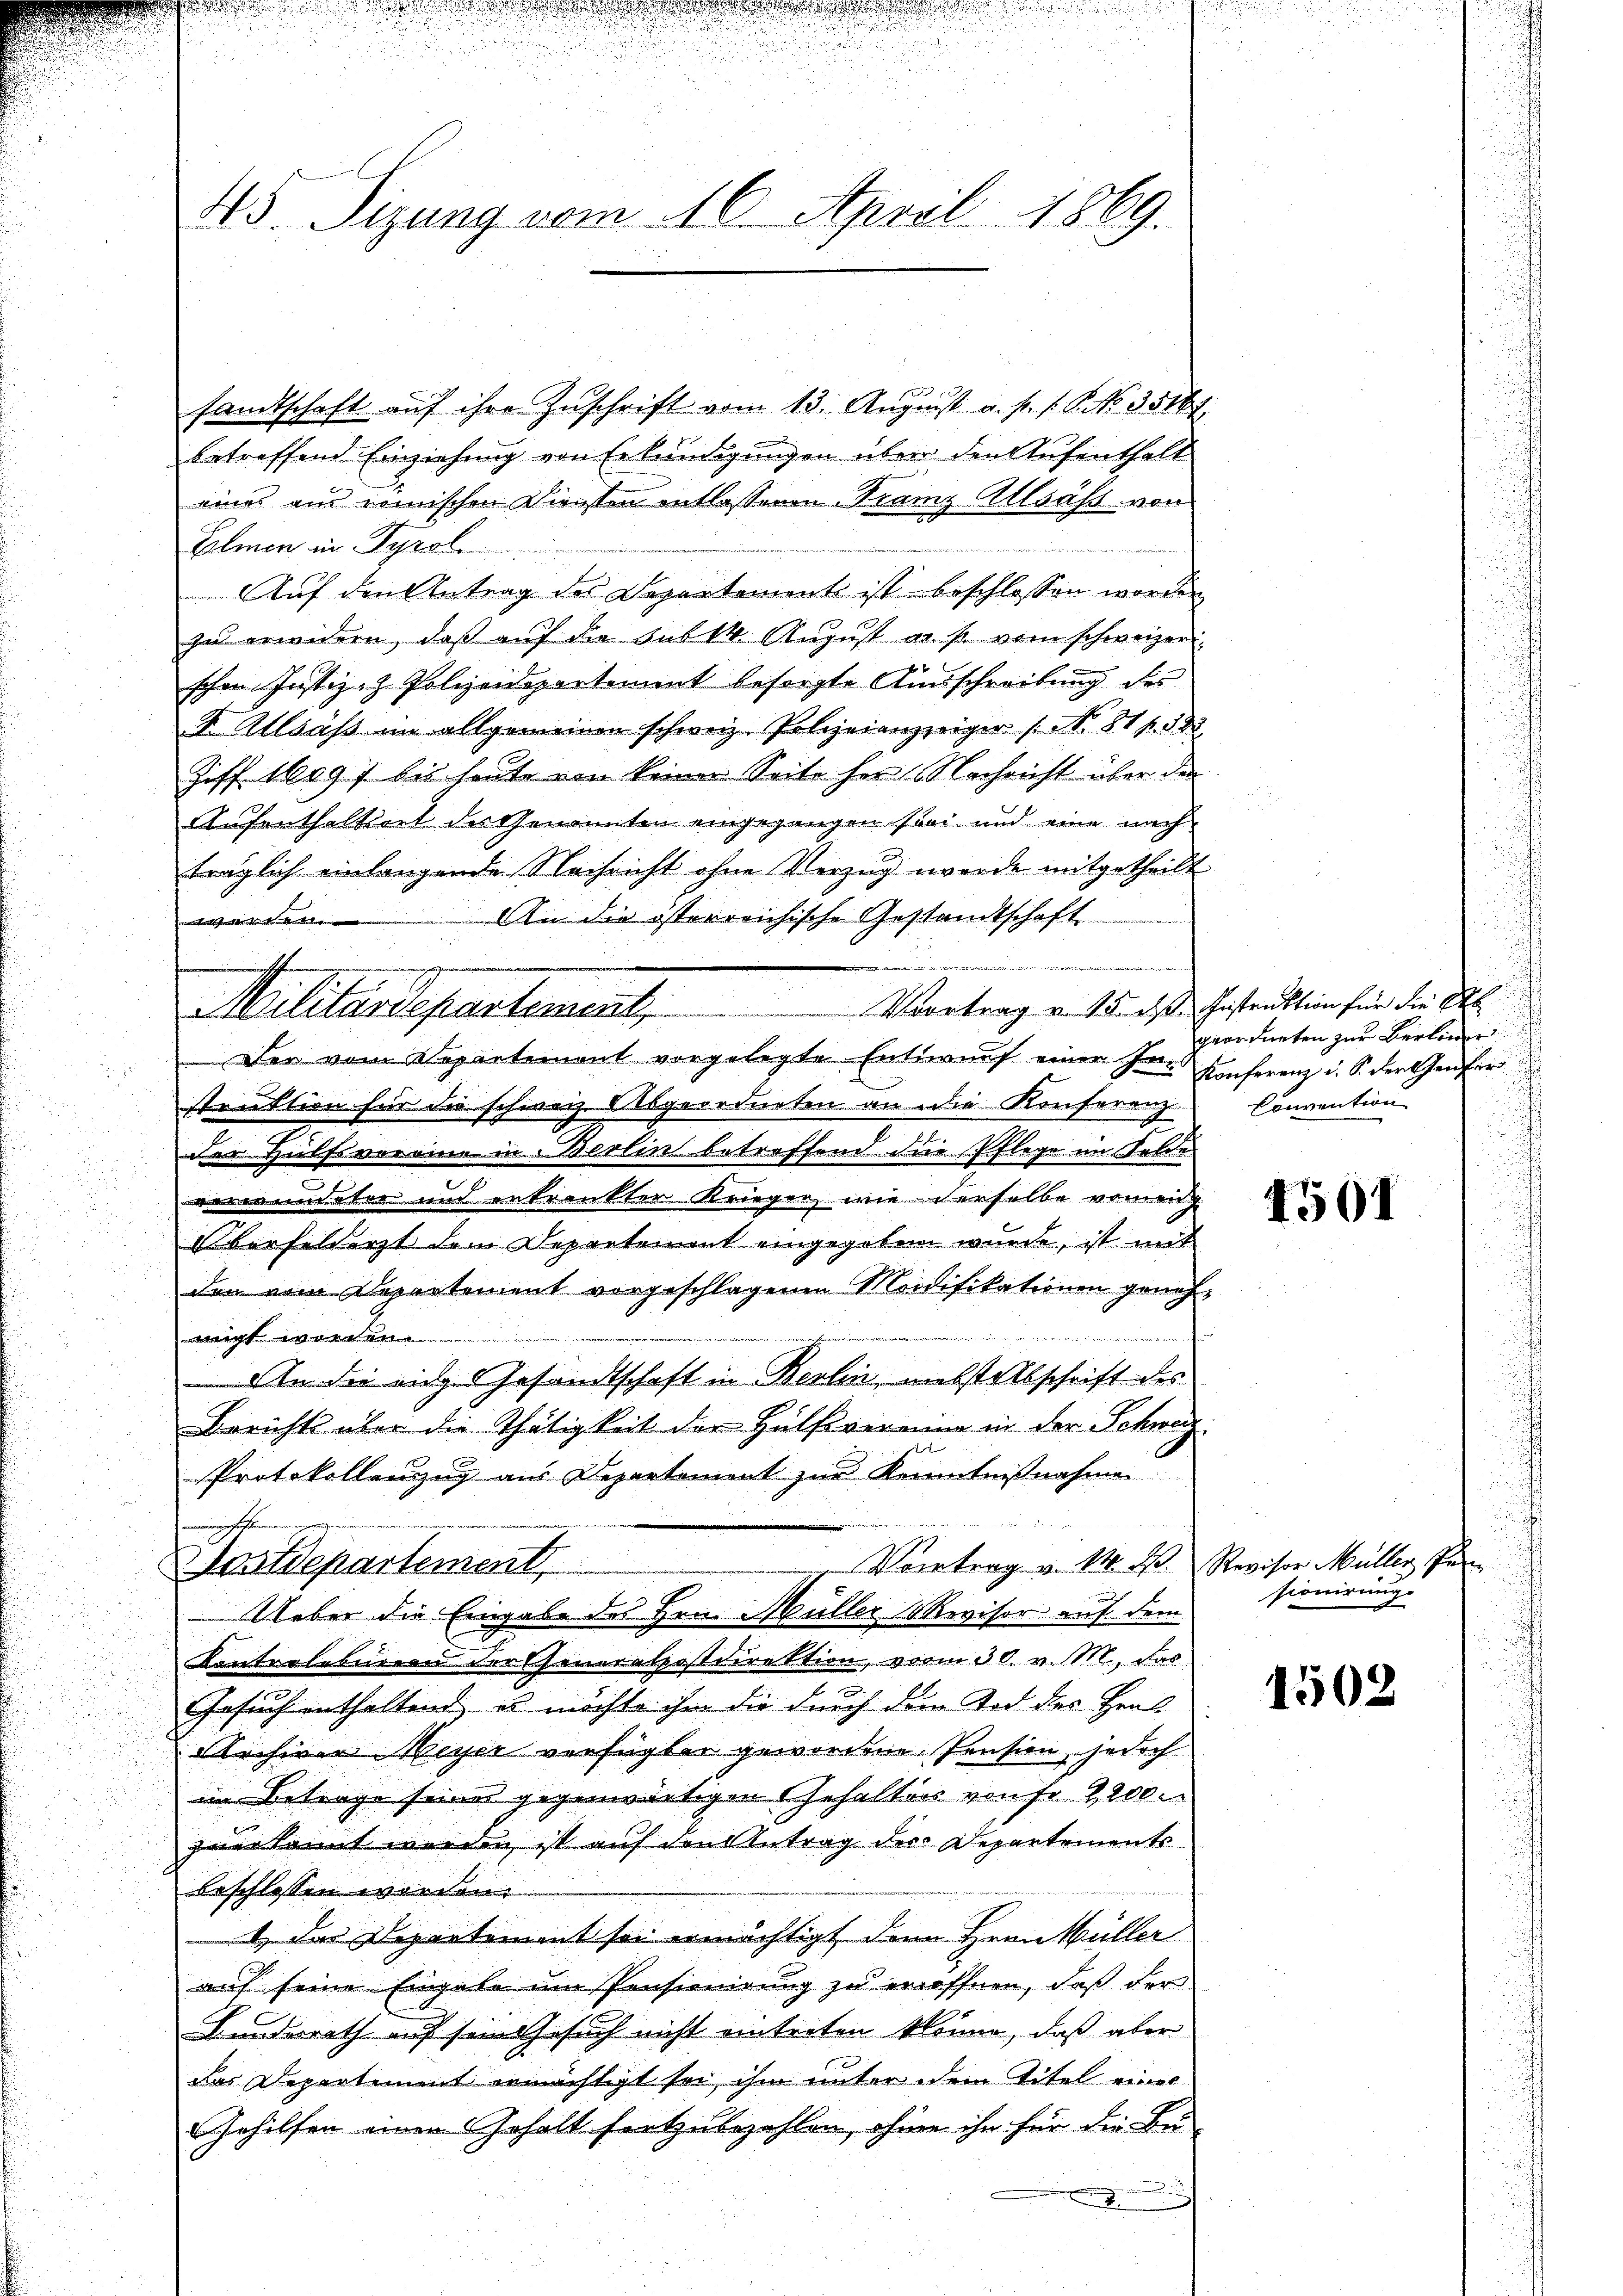
45. Sizung vom 16. April 1869.

.

sandtschaft auf ihre Zuschrift vom 13. August a. p. 1. 6. No. 35161.
betreffend Einziehung von Erkundigungen über den Aufenthalt
eines aus römischen Diensten entlassenen Franz Allsäß von
Elmer in Tyrol.
indt und zu ein
Auf den Antrag des Departement ist beschlossen worden
zu erweidern, daß auf die sub 14 August als vom schweizer
schen Justiz- & Polizeidepartement besorgte Ausschreibung des
F. Allsass im allgemeinen schweiz. Polizeianzzeiger No. 81 f. 58
Ziff. 1897 bis heute von keiner Seite her Nachricht über den
Aufenthaltiert des Genannten eingegangen sei und eine nach
träglich einlangende Nachricht ohne Verzug werde mitgetheilt
An die österreichische Gestandtschaft
l 14 dk
Vvortrag u. 15. ds. Instruktion für die E
Militärdepartement,
Der vom Departement vorgelegte Entwurf einer Instruktion für die schweiz abgeordneten an die Konferenz Convention
der Hülfsvereine in Berlin betreffend die Pflege im Feldes
verwundeten und entrankter Kriegen, wie derselbe vereich
Oberfeldert dem Departement eingegeben wurde, ist mit
den vom Departement vorgeschlagenen Modifikationen geneh
wigt worden.
An die eiche Gesandtschaft in Berlin, nebstalbschrift des
Bericht über die Thätigkeit der Hülfsvereine in der Schwerz
e
Protokollenzug aus Departement zur Kenntnißnahme
i
Vortrag v. 14. d. Revisor Müller Per
Postdepartement
 Ueber die Eingabe des Hrn. Müller Revisor auf dem
Kontrolebiieren der Generalpostdirektion, vom 30. v. M., das
Gesuch enthaltend es möchte ihm die durch dem Tod des Hers
Archiven Weyer verfügter gewordene Pension, jedoch
im Betrage seiner gegenwärtigen Gehaltes von fr. 2200.
zuerkannt werden ist auf den Antrag der Departements
beschlossen worden.
1) das Departement sei ermächtigt, denn Hrnn Müller
auf seine Eingabe um Pensionirung zu eröffnen, daß der
Bundesrath auf sein Gesuch nicht eintreten könne, daß aber
das Departement ermächtigt sei ihm unter dem Titel eines
Gehilfen einen Gehalt fortzubezahlen, ohnen ihn für die Be-

r

geordneten zur Berline
Konferenz u. S. der Genfer

4501

sionirung.

1502